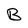
Character: B